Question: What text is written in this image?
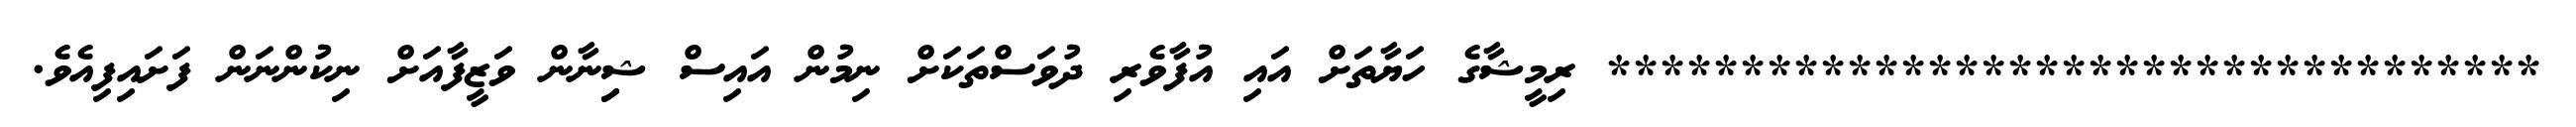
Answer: *********************************** ރިމީޝާގެ ހަޔާތަށް އައި އުފާވެރި ދުވަސްތަކަށް ނިމުން އައިސް ޝިިނާން ވަޒީފާއަށް ނިކުންނަން ފަށައިފިއެވެ.